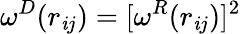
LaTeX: \omega^{D}(r_{\mathit{i}j})=[\omega^{R}(r_{\mathit{i}j})]^{2}